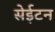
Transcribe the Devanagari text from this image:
सेईटन